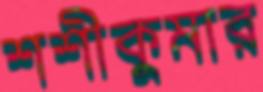
শশীকুমার